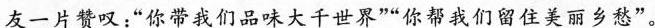
友一片赞叹：”你带我们品味大千世界””你帮我们留住美丽乡愁”。